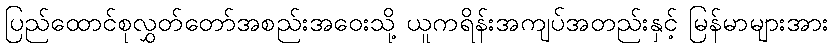
ပြည်ထောင်စုလွှတ်တော်အစည်းအဝေးသို့ ယူကရိန်းအကျပ်အတည်းနှင့် မြန်မာများအား